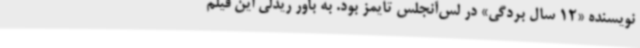
نویسنده «12 سال بردگی» در لس‌آنجلس‌ تایمز بود. به باور ریدلی این فیلم